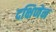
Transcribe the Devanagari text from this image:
दक्षिणेन